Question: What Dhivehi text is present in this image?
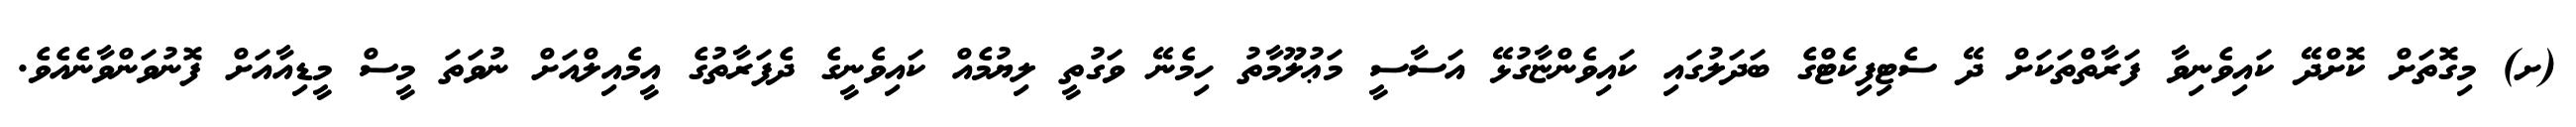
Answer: (ށ) މިގޮތަށް ކޮށްދޭ ކައިވެނިވާ ފަރާތްތަކަށް ދޭ ސެޓިފިކެޓްގެ ބަދަލުގައި ކައިވެންޏާގުޅޭ އަސާސީ މަޢުލޫމާތު ހިމެނޭ ވަގުތީ ލިޔުމެއް ކައިވެނީގެ ދެފަރާތުގެ އީމެއިލްއަށް ނުވަތަ މީސް މީޑިއާއަށް ފޮނުވަންވާނެއެވެ.